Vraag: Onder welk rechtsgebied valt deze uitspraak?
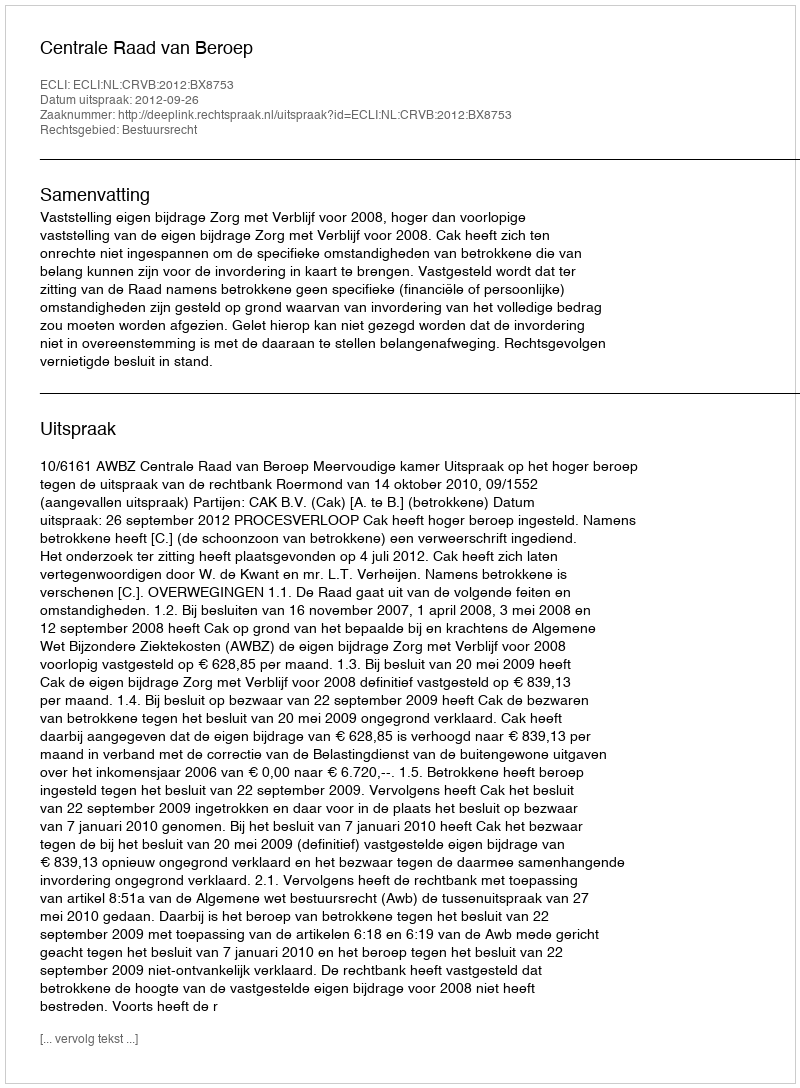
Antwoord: Bestuursrecht